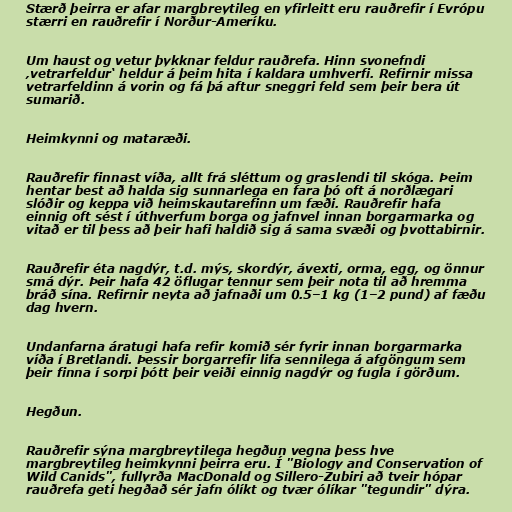
Stærð þeirra er afar margbreytileg en yfirleitt eru rauðrefir í Evrópu
stærri en rauðrefir í Norður-Ameríku.

Um haust og vetur þykknar feldur rauðrefa. Hinn svonefndi
‚vetrarfeldur‘ heldur á þeim hita í kaldara umhverfi. Refirnir missa
vetrarfeldinn á vorin og fá þá aftur sneggri feld sem þeir bera út
sumarið.

Heimkynni og mataræði.

Rauðrefir finnast víða, allt frá sléttum og graslendi til skóga. Þeim
hentar best að halda sig sunnarlega en fara þó oft á norðlægari
slóðir og keppa við heimskautarefinn um fæði. Rauðrefir hafa
einnig oft sést í úthverfum borga og jafnvel innan borgarmarka og
vitað er til þess að þeir hafi haldið sig á sama svæði og þvottabirnir.

Rauðrefir éta nagdýr, t.d. mýs, skordýr, ávexti, orma, egg, og önnur
smá dýr. Þeir hafa 42 öflugar tennur sem þeir nota til að hremma
bráð sína. Refirnir neyta að jafnaði um 0.5–1 kg (1–2 pund) af fæðu
dag hvern.

Undanfarna áratugi hafa refir komið sér fyrir innan borgarmarka
víða í Bretlandi. Þessir borgarrefir lifa sennilega á afgöngum sem
þeir finna í sorpi þótt þeir veiði einnig nagdýr og fugla í görðum.

Hegðun.

Rauðrefir sýna margbreytilega hegðun vegna þess hve
margbreytileg heimkynni þeirra eru. Í "Biology and Conservation of
Wild Canids", fullyrða MacDonald og Sillero-Zubiri að tveir hópar
rauðrefa geti hegðað sér jafn ólíkt og tvær ólíkar "tegundir" dýra.